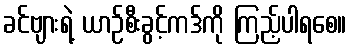
ခင်ဗျားရဲ့ ယာဉ်စီးခွင့်ကဒ်ကို ကြည့်ပါရစေ။